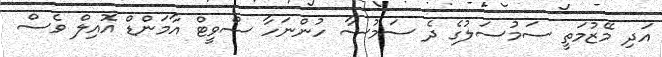
އަދި މޭޒުމަތީ ސަމުސަލުގެ ދެ ސަމުސާ ހުންނަހާ ސްވީޓް އާމަންޑް އޮއިލް ވެސް